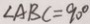
\angle A B C = 9 0 ^ { \circ }